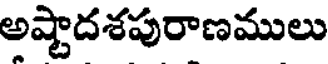
అష్టాదశపురాణములు